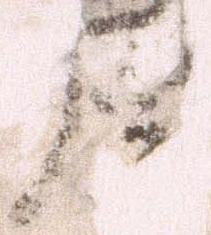
原